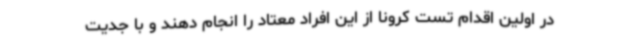
در اولین اقدام تست کرونا از این افراد معتاد را انجام دهند و با جدیت